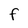
Character: f